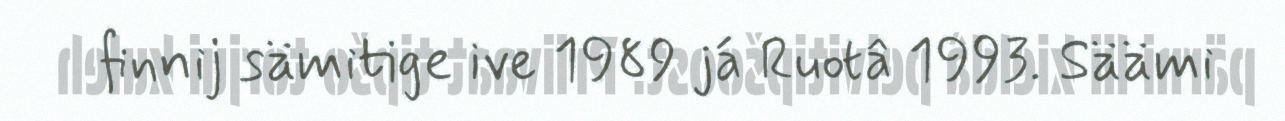
finnij sämitige ive 1989 já Ruotâ 1993. Säämi